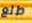
طلع